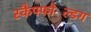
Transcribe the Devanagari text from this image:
स्कैफ्फोल्डिंग